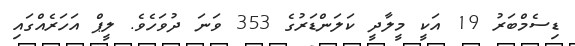
ޑިސެމްބަރު 19 އަކީ މީލާދީ ކަލަންޑަރުގެ 353 ވަނަ ދުވަހެވެ. ލީޕް އަހަރެއްގައި